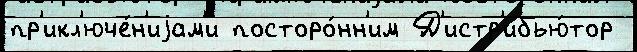
пр'икл'юче́н'иjам'и посторо́нн'им Д'истр'ибью́тор